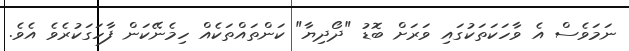
ނަމަވެސް އެ ވާހަކަތަކުގައި ވަރަށް ބޮޑު "ދޯދިޔާ" ކަންތައްތަކެއް ހިމެނޭކަން ފާހަގަކުރެވެ އެވެ.